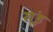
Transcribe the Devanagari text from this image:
खूंड़